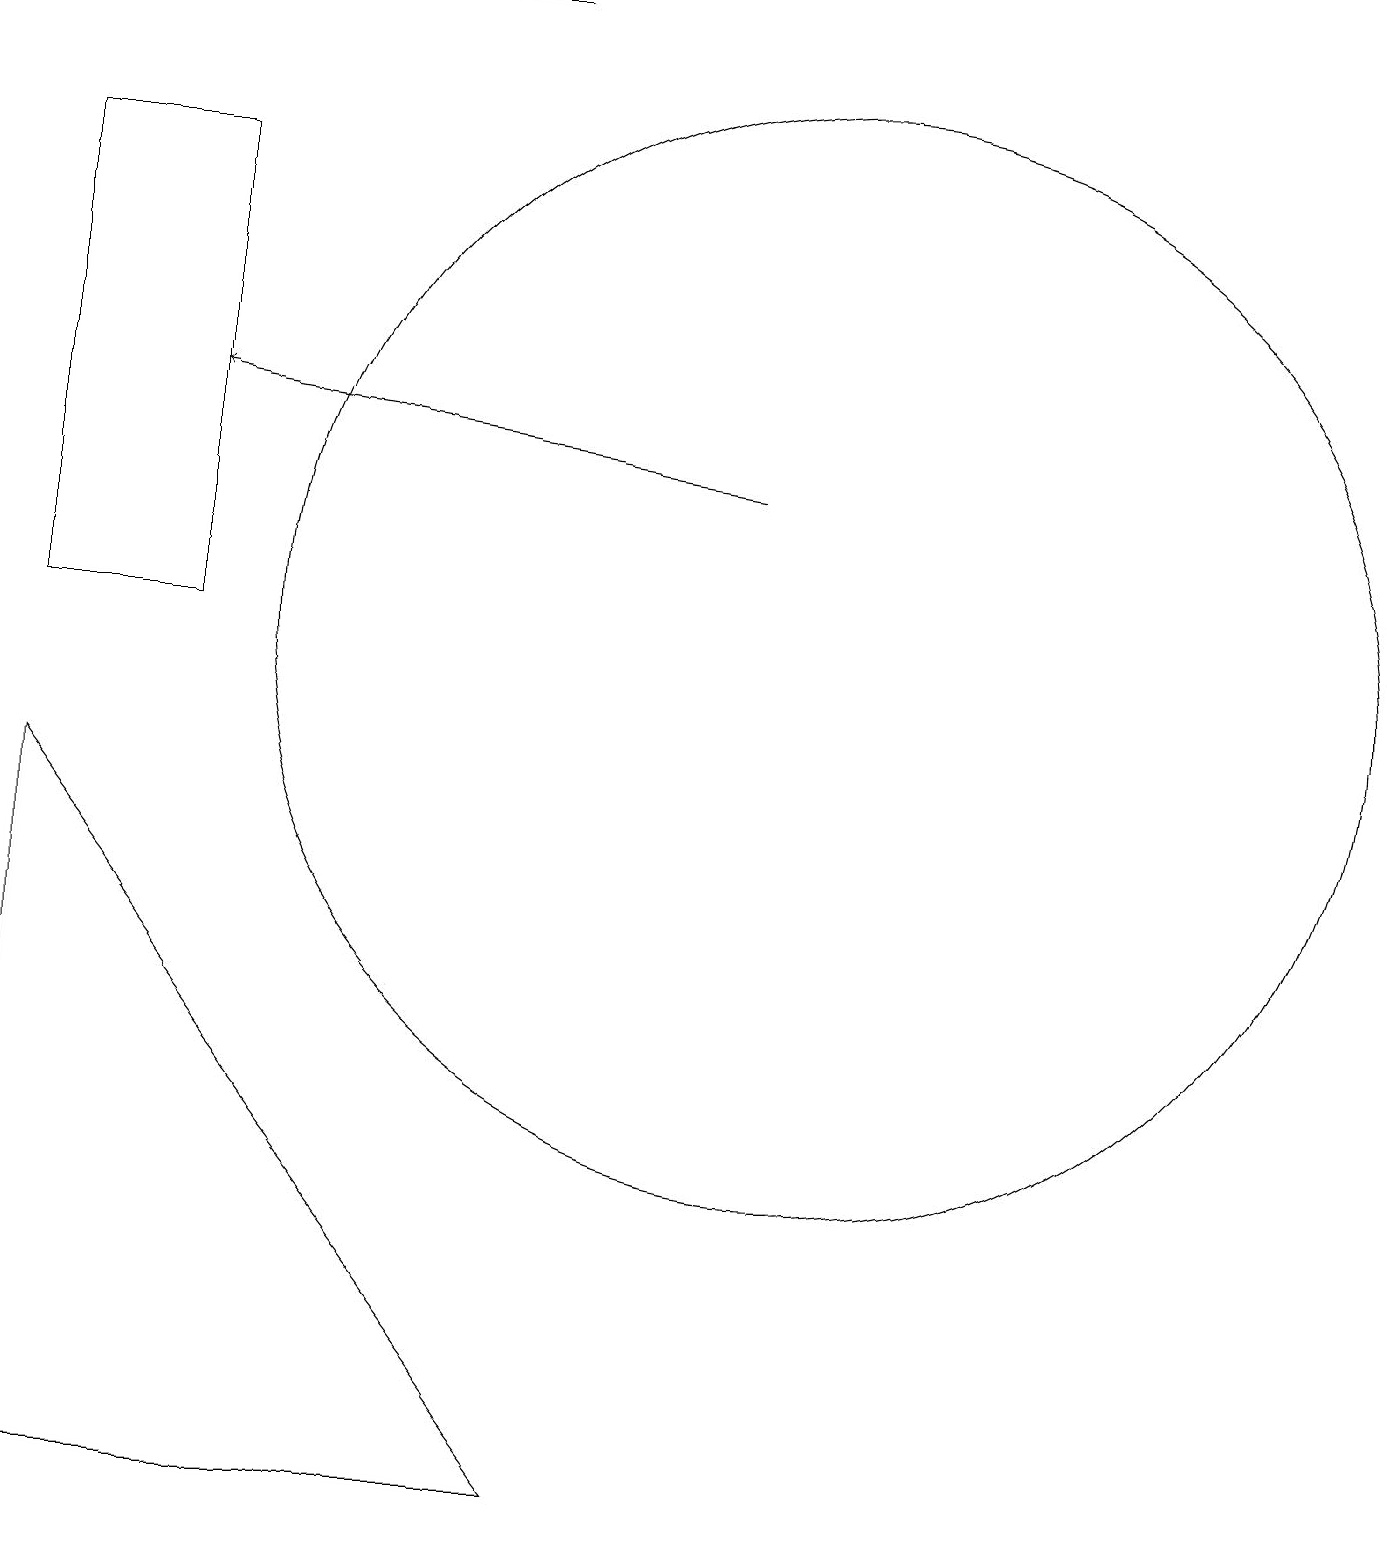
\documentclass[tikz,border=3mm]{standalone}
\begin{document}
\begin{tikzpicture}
\draw (5,19) rectangle (6,19);
\draw (11,11) circle (0);
\draw (0,0) -- (0,9) -- (7,0) -- cycle;
\draw[->] (9,13) -- (2,14);
\draw (10,11) circle (7);
\draw (2,11) rectangle (0,17);
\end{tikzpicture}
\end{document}